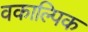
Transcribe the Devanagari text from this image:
वकाल्पिक